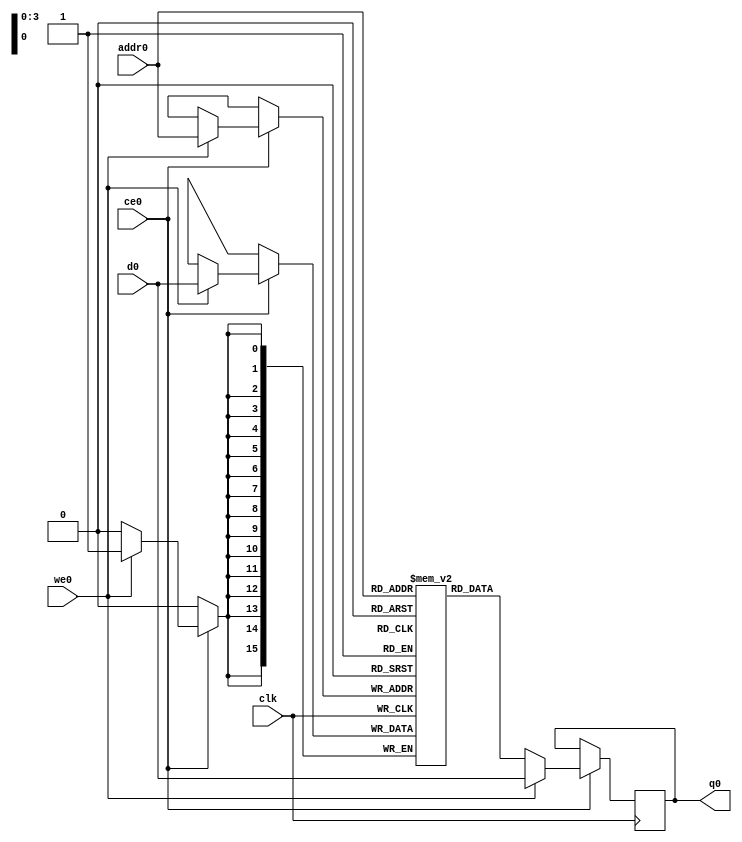
// ==============================================================
// File generated by Vivado(TM) HLS - High-Level Synthesis from C, C++ and SystemC
// Version: 2015.4
// Copyright (C) 2015 Xilinx Inc. All rights reserved.
// 
// ==============================================================

`timescale 1 ns / 1 ps
module Reflection_coefficients_ACF_ram (addr0, ce0, d0, we0, q0,  clk);

parameter DWIDTH = 16;
parameter AWIDTH = 4;
parameter MEM_SIZE = 9;

input[AWIDTH-1:0] addr0;
input ce0;
input[DWIDTH-1:0] d0;
input we0;
output reg[DWIDTH-1:0] q0;
input clk;

(* ram_style = "distributed" *)reg [DWIDTH-1:0] ram[MEM_SIZE-1:0];




always @(posedge clk)  
begin 
    if (ce0) 
    begin
        if (we0) 
        begin 
            ram[addr0] <= d0; 
            q0 <= d0;
        end 
        else 
            q0 <= ram[addr0];
    end
end


endmodule


`timescale 1 ns / 1 ps
module Reflection_coefficients_ACF(
    reset,
    clk,
    address0,
    ce0,
    we0,
    d0,
    q0);

parameter DataWidth = 32'd16;
parameter AddressRange = 32'd9;
parameter AddressWidth = 32'd4;
input reset;
input clk;
input[AddressWidth - 1:0] address0;
input ce0;
input we0;
input[DataWidth - 1:0] d0;
output[DataWidth - 1:0] q0;



Reflection_coefficients_ACF_ram Reflection_coefficients_ACF_ram_U(
    .clk( clk ),
    .addr0( address0 ),
    .ce0( ce0 ),
    .d0( d0 ),
    .we0( we0 ),
    .q0( q0 ));

endmodule